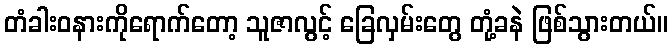
တံခါးဝနားကိုရောက်တော့ သူဇာလွင့် ခြေလှမ်းတွေ တုံ့ခနဲ ဖြစ်သွားတယ်။